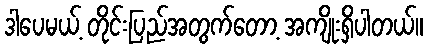
ဒါပေမယ့် တိုင်းပြည်အတွက်တော့ အကျိုးရှိပါတယ်။